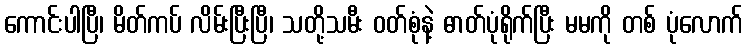
ကောင်းပါပြီ၊ မိတ်ကပ် လိမ်းပြီးပြီ၊ သတို့သမီး ဝတ်စုံနဲ့ ဓာတ်ပုံရိုက်ပြီး မမကို တစ် ပုံလောက်